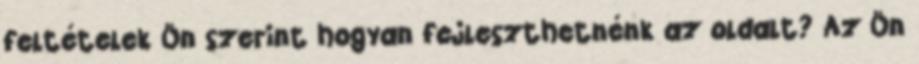
feltételek Ön szerint hogyan fejleszthetnénk az oldalt? Az Ön